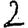
Digit: 2